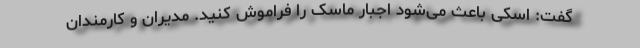
گفت: اسکی باعث می‌شود اجبار ماسک را فراموش کنید. مدیران و کارمندان